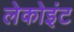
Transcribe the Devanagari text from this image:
लेकोइंट